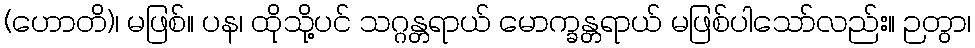
(ဟောတိ)၊ မဖြစ်။ ပန၊ ထိုသို့ပင် သဂ္ဂန္တရာယ် မောက္ခန္တရာယ် မဖြစ်ပါသော်လည်း။ ဉတွာ၊